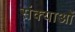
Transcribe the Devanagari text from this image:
संक्याओं